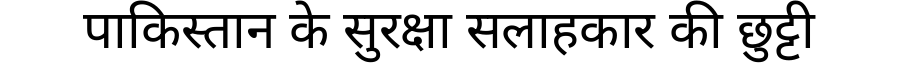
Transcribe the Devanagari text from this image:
पाकिस्तान के सुरक्षा सलाहकार की छुट्टी